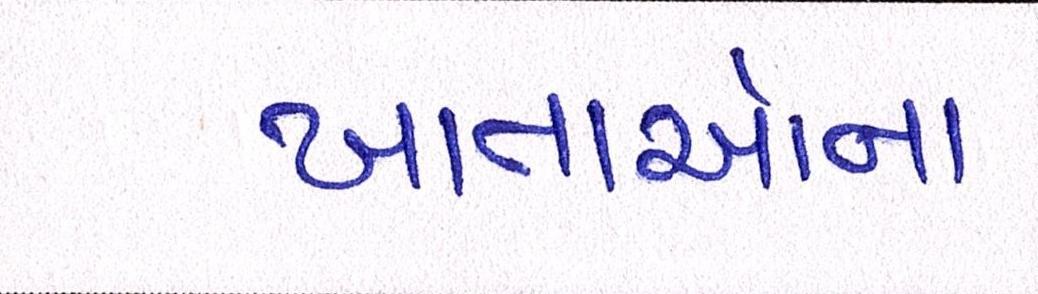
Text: ખાતાઓના